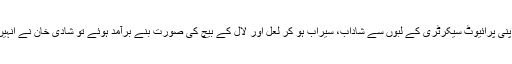
ایک دفعہ کسی اہم سرکاری میٹنگ شروع ہونے سے پہلے جب غلام محمد اپنی پرائیوٹ سیکرٹری کے لبوں سے شاداب، سیراب ہو کر لعل اور لال کے بیچ کی صورت بنے برآمد ہوئے تو شادی خان نے انہیں میٹنگ میں داخل ہونے سے روک دیا اورکہا کہ سرکار یہ نشان تو مٹا لیں۔